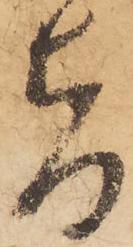
旨